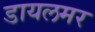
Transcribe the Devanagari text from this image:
डायलमर